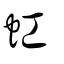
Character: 虹